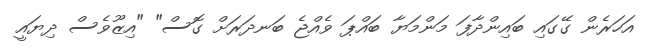
އަހަރެން ގޭގައި ބައިންދާފަ މަންމަޔާ ބައްޕަ ވެއްޖެ ބަނދަރަށް ގޮސް" "އިޒޫވެސް ދިޔައީ